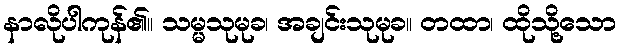
နာလိုပါကုန်၏။ သမ္မသုမုခ၊ အချင်းသုမုခ။ တထာ၊ ထိုသို့သော